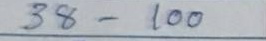
38 - 100